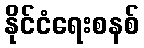
နိုင်ငံရေးစနစ်